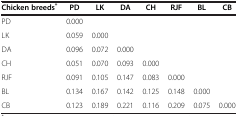
<table><thead><tr><td><b>Chicken breeds<sup>*</sup></b></td><td><b>PD</b></td><td><b>LK</b></td><td><b>DA</b></td><td><b>CH</b></td><td><b>RJF</b></td><td><b>BL</b></td><td><b>CB</b></td></tr></thead><tbody><tr><td>PD</td><td>0.000</td><td> </td><td> </td><td> </td><td> </td><td> </td><td> </td></tr><tr><td>LK</td><td>0.059</td><td>0.000</td><td> </td><td> </td><td> </td><td> </td><td> </td></tr><tr><td>DA</td><td>0.096</td><td>0.072</td><td>0.000</td><td> </td><td> </td><td> </td><td> </td></tr><tr><td>CH</td><td>0.051</td><td>0.070</td><td>0.093</td><td>0.000</td><td> </td><td> </td><td> </td></tr><tr><td>RJF</td><td>0.091</td><td>0.105</td><td>0.147</td><td>0.083</td><td>0.000</td><td> </td><td> </td></tr><tr><td>BL</td><td>0.134</td><td>0.167</td><td>0.142</td><td>0.125</td><td>0.148</td><td>0.000</td><td> </td></tr><tr><td>CB</td><td>0.123</td><td>0.189</td><td>0.221</td><td>0.116</td><td>0.209</td><td>0.075</td><td>0.000</td></tr></tbody></table>